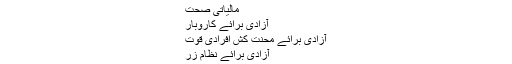
عدالتی اثر انگیزی
حکومتی سالمیت
بارِ محصولات
مالیاتی صحت
آزادی برائے کاروبار
آزادی برائے محنت کش افرادی قوت
آزادی برائے نظام زر
آزادی برائے تجارت
آزادی برائے سرمایہ کاری
مالیاتی آزادی ۔